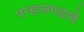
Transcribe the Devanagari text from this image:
पन्हालगडाचे